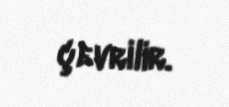
çevrilir.